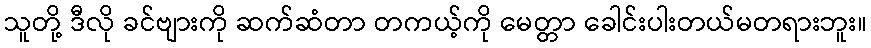
သူတို့ ဒီလို ခင်ဗျားကို ဆက်ဆံတာ တကယ့်ကို မေတ္တာ ခေါင်းပါးတယ်မတရားဘူး။